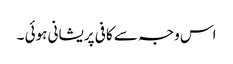
اس وجہ سے کافی پریشانی ہوئی ۔